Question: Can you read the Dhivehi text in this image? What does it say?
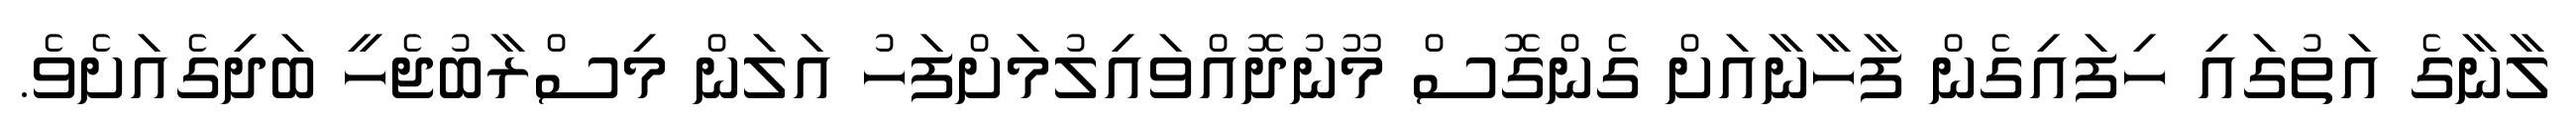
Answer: ލާނާގެ އަތުގައި ހިފައިގެން ފާހާނާއަށް ގެންގޮސް މޫނުދޮއްވައިލުމަށްފަހު އަލަން މިސްރާބުޖެހީ ބަދިގެއަށެވެ.